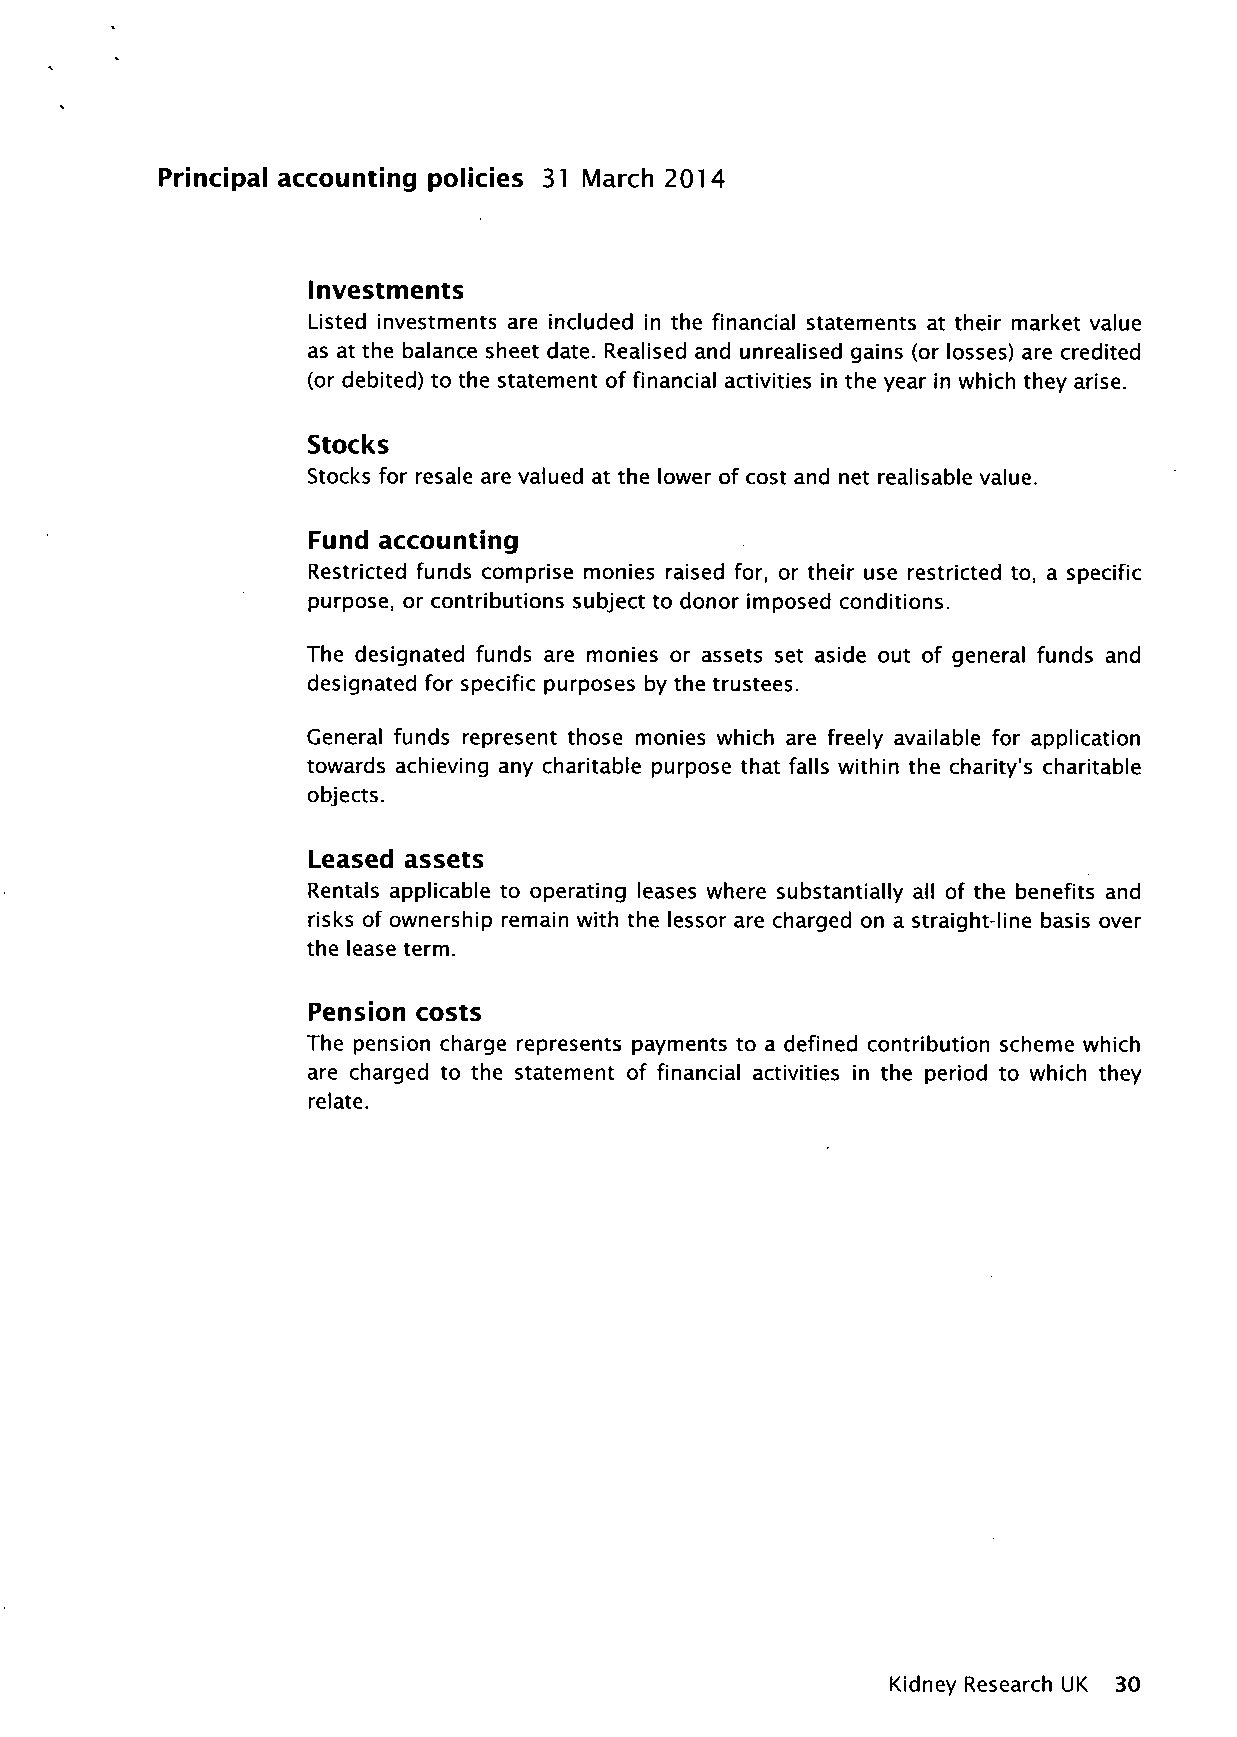
Principal accounting policies 31 March 2014
 Investments
 Listed investments are included in the financial statements at their market value
 as at the balance sheet date. Realised and unrealised gains (or losses) are credited
 (or debited) to the statement of financial activities in the year in which they arise.
 Stocks
 Stocks for resale are valued at the lower of cost and net realisable value.
 Fund accounting
 Restricted funds comprise monies raised for, or their use restricted to, a specific
 purpose, or contributions subject to donor imposed conditions.
 The designated funds are monies or assets set aside out of general funds and
 designated for specific purposes by the trustees.
 General funds represent those monies which are freely available for application
 towards achieving any charitable purpose that falls within the charity's charitable
 objects.
 Leased assets
 Rentals applicable to operating leases where substantially all of the benefits and
 risks of ownership remain with the lessor are charged on a straight-line basis over
 the lease term.
 Pension costs
 The pension charge represents payments to a defined contribution scheme which
 are charged to the statement of financial activities in the period to which they
 relate.
 Kidney Research UK 30